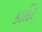
કાદિર